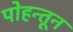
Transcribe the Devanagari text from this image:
पोहन्तून